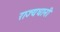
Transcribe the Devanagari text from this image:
राज्यधानी